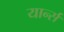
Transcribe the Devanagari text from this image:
यार्न्स